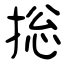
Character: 捴